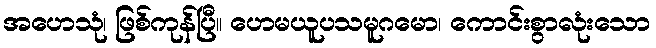
အဟေသုံ၊ ဖြစ်ကုန်ပြီ။ ဟေမယူပသမူဂမော၊ ကောင်းစွာလုံးသော